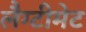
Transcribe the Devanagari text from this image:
लैग्टीमेट